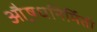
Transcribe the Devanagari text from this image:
औ़़षधनिर्मिती